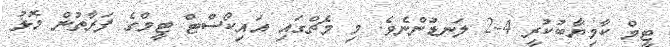
ޓީމް ކާމިޔާބުކުރީ 4-2 ލަނޑުންނެވެ. މި މެޗްގައި އައިކޯސްޓް ޓީމްގެ ފަރާތުން މޮޅު